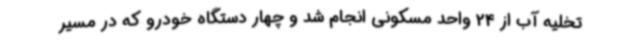
تخلیه آب از 24 واحد مسکونی انجام شد و چهار دستگاه خودرو که در مسیر